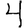
Digit: 4